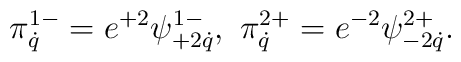
\pi^{1-}_{\dot q}=e^{+2}\psi^{1-}_{+2\dot q},\ \pi^{2+}_{\dot q}=e^{-2}\psi^{2+}_{-2\dot q}.